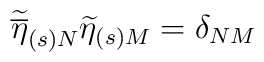
\widetilde{\overline{\eta }}_{(s)N}\widetilde{\eta }_{(s)M}=\delta _{NM}